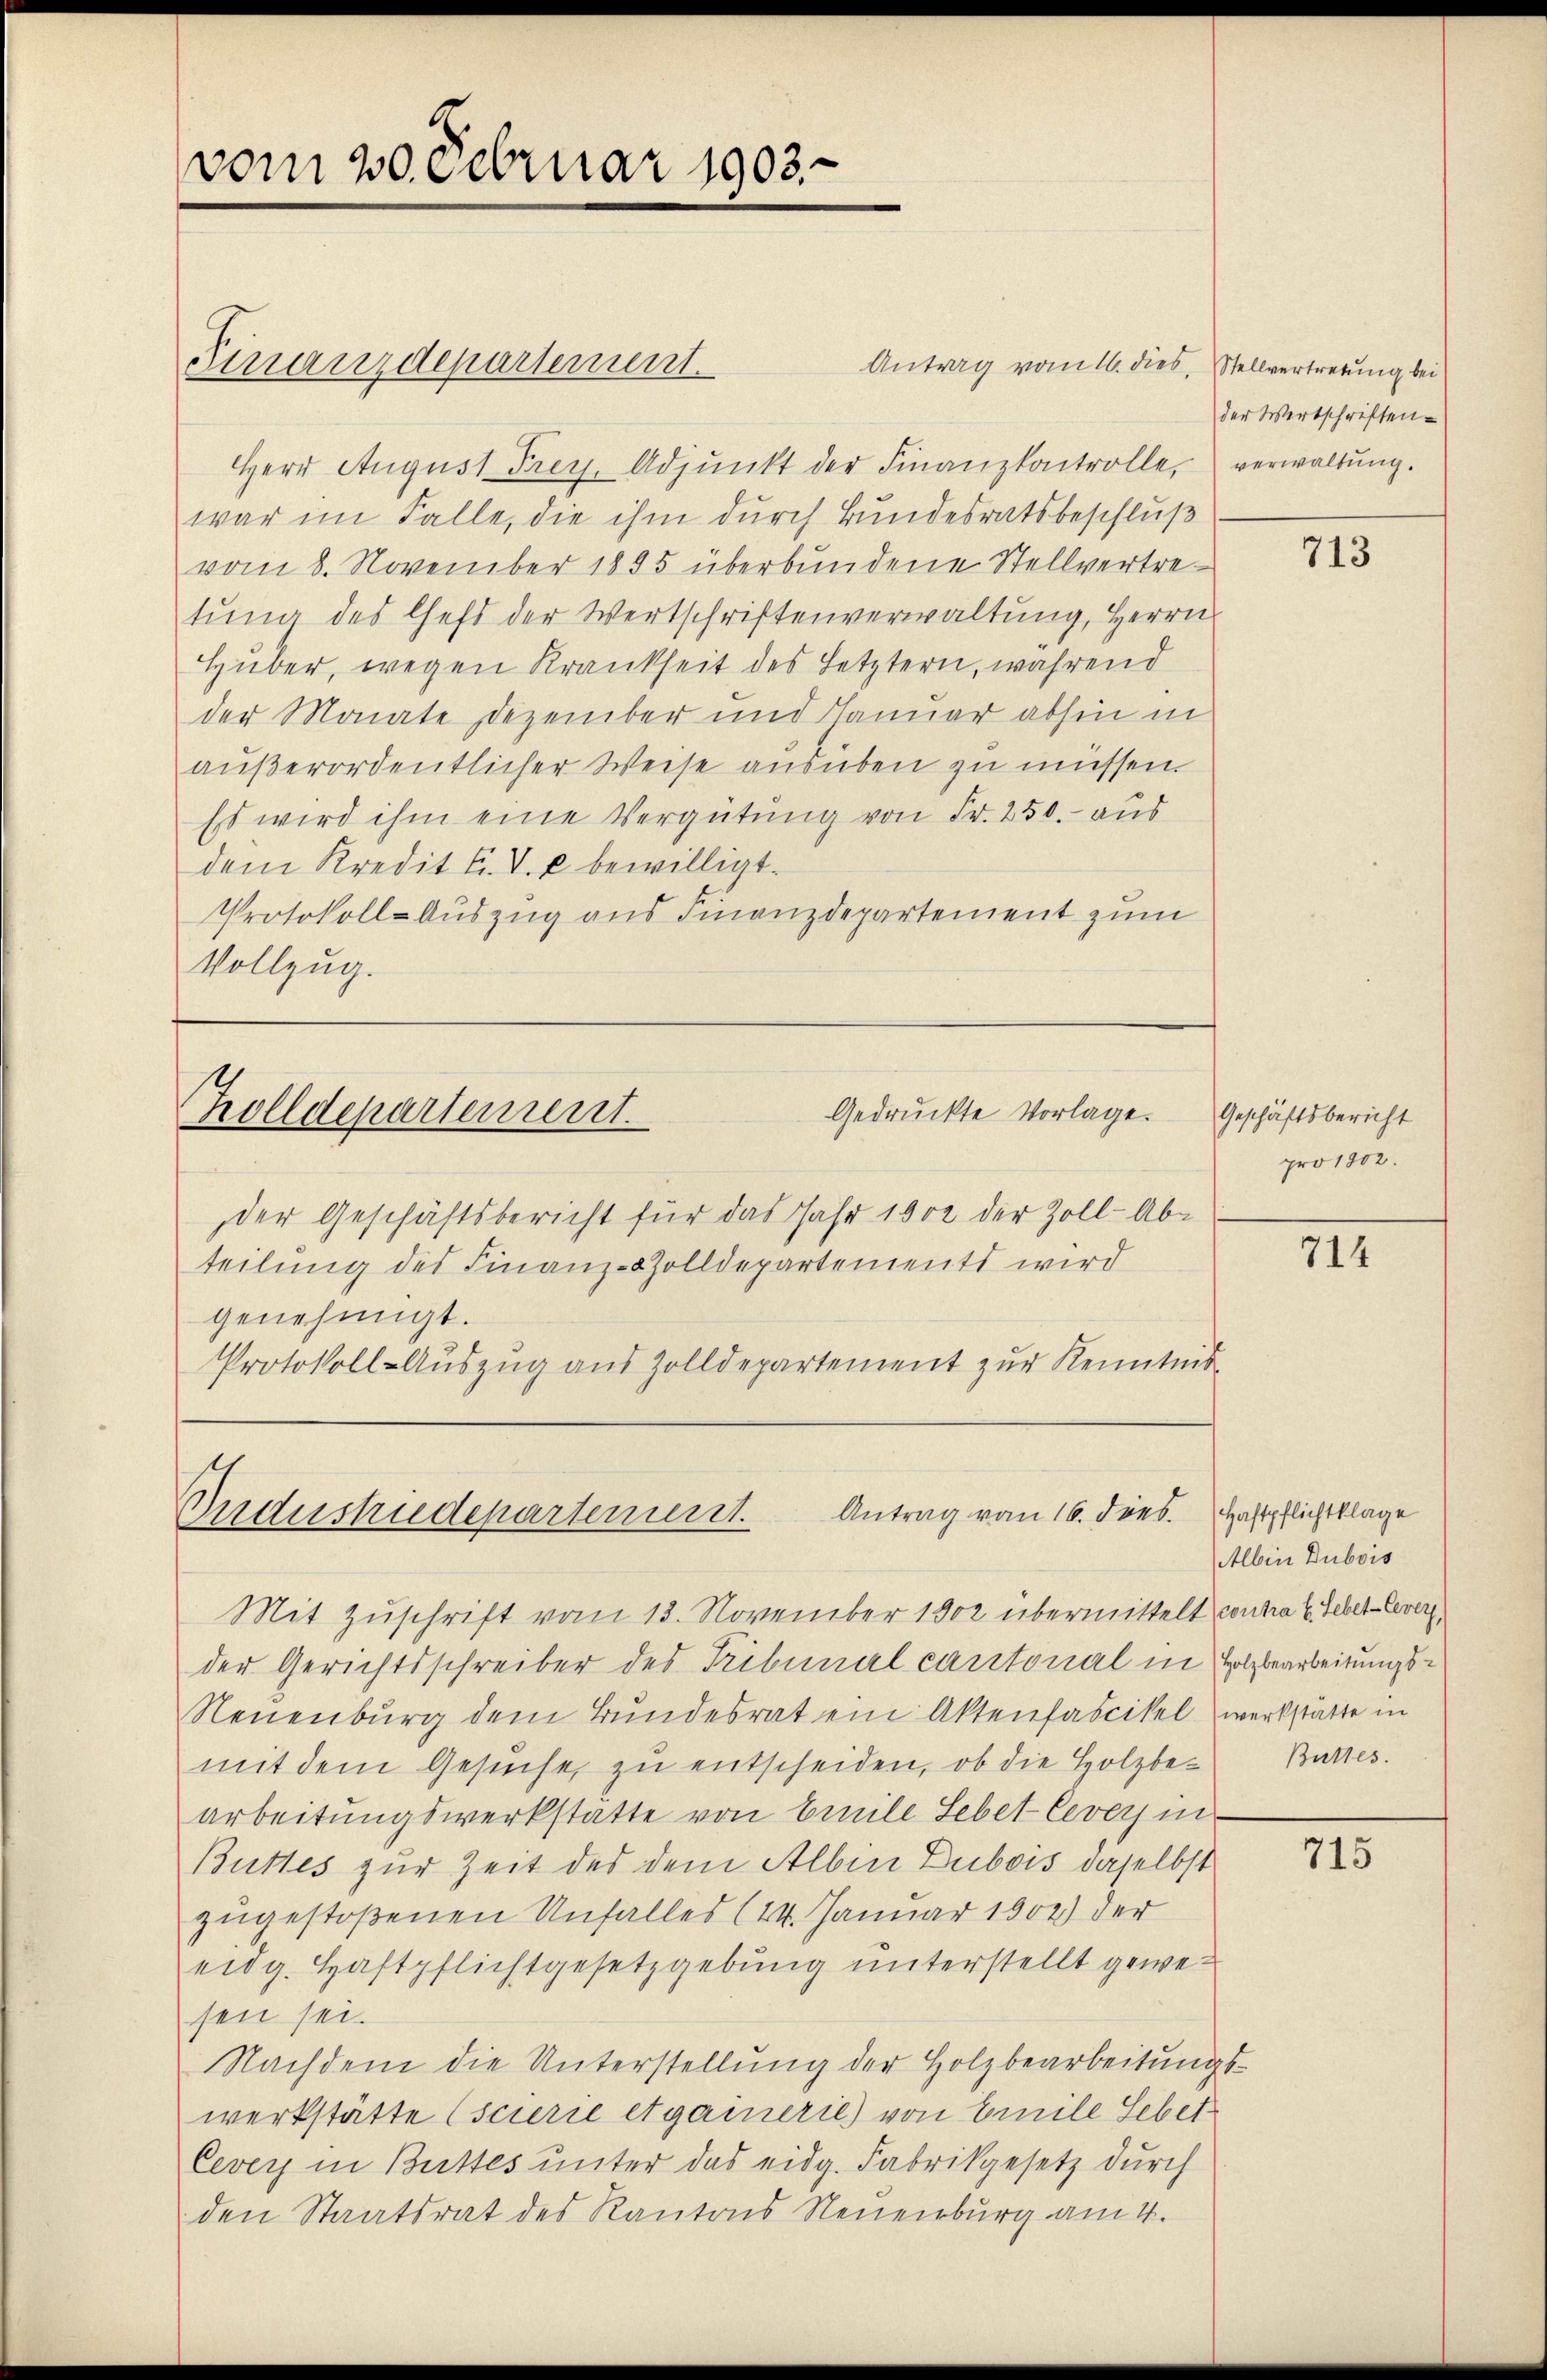
vom 20. Februar 1903.

Finanzdepartement.

Antrag vom 16. dies, Stellvertretung bei
Herr August Frey. Adjunkt der Finanzkontrolle, verwaltung.
war im Falle, die ihm durch Bundesratsbeschluß
vom 8. November 1895 überbundene Stellvertretung des Cheft der Wertschriftenverwaltung, Herrn
Huber, wegen Krankheit des Letztern, während
der Monate Dezember und Januar abhin in
außerordentlicher Weise ausüben zu müssen.
Es wird ihm eine Vergütung von Fr. 250. aus
dem Kredit F. V. u bewilligt.
Protokoll-Auszug aus Finanzdepartement zum
Vollzug.

Gedruckte Vorlage.
Trolldepartement.

der Geschäftsbericht für das Jahr 1802 der Zoll-Ab-
teilung des Finanz-Zolldepartements wird
genehmigt.
Protokoll-Auszug aus Zolldepartement zur Kenntnis

Mit Zuschrift vom 13. November 1902 übermittelt contra 2. Feber- lever
der Gerichtsschreiber des Tribunal cantonal in Holzbearbeitungs¬
Neuenburg dem Bundesrat ein Aktenfascikel werkstätte in
mit dem Gesŭche zŭ entscheiden, ob die Holzbe-Battes.
arbeitungswerkstätte von Emile Lebet-Ceversin¬
Buttes zur Zeit des dem Albin Dubois daselbst
zugestoßenen Unfalles (24. Januar 1902) der
eidg. Haftpflichtgesetzgebung unterstellt gewesen sei.
Nachdem die Unterstellung der Holzbearbeitungswerkstätte (scierie etgainerie) von Emile Sebet
Cevey in Buttes unter das eidg. Fabrikgesetz durch
den Staatsrat des Kantons Neuenburg am 4.

der Wertschriften.

Geschäftsbericht
pro 1802.

Andustrudepartement. Antrag vom 16. dies. Haftpflichtklage

713

714

Albin Dubois

715